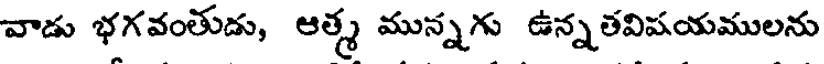
వాడు భగవంతుడు, ఆత్మ మున్నగు ఉన్నతవిషయములను